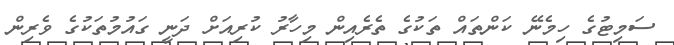
ސަމިޓުގެ ހިމެނޭ ކަންތައް ތަކުގެ ތެރެއިން މިހާރު ކުރިއަށް ދަނީ ގައުމުތަކުގެ ވެރިން